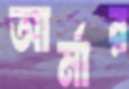
আর্মার